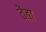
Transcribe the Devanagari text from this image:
वेंबा